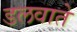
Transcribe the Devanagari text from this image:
डलवाते